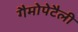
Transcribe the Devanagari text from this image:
गैमोपेटैली